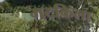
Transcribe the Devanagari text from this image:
मटकिला